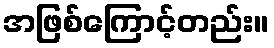
အဖြစ်ကြောင့်တည်း။